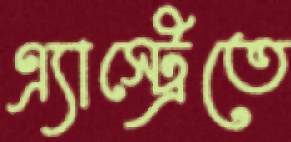
এ্যাস্ট্রেতে